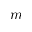
m